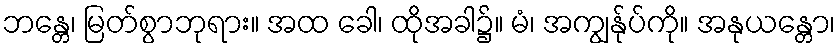
ဘန္တေ၊ မြတ်စွာဘုရား။ အထ ခေါ၊ ထိုအခါ၌။ မံ၊ အကျွန်ုပ်ကို။ အနုယန္တော၊